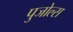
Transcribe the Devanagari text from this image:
पुजोल्स